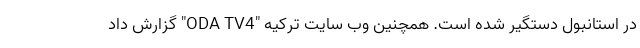
در استانبول دستگیر شده است. همچنین وب سایت ترکیه "ODA TV4" گزارش داد